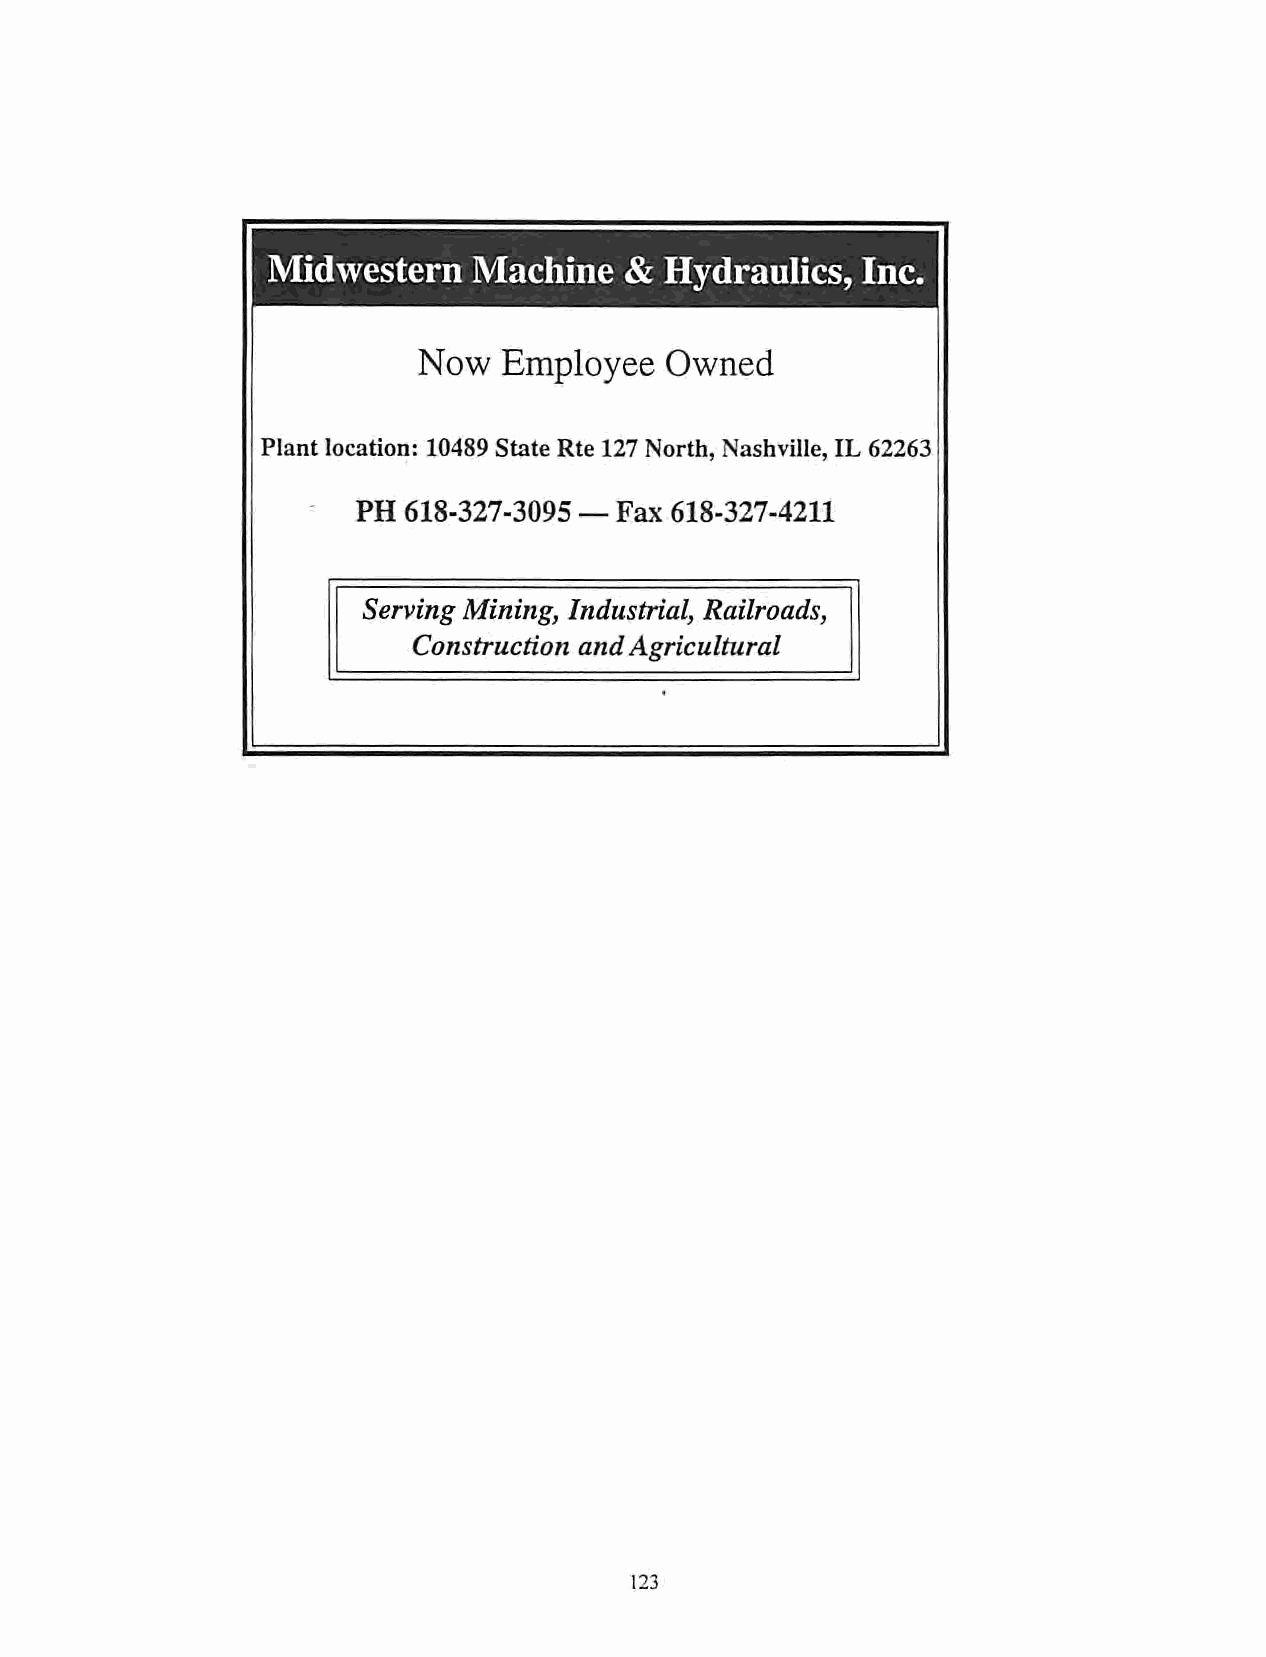
Midwestern   Machine   &  Hydraulics,  Inc.
 Now  Employee   Owned
 Plant location: 10489 State Rte 127 North, Nashville, IL 62263
 PH 618-327-3095 — Fax 618-327-4211
 Serving Mining, Industrial, Railroads,
 Construction andAgricultural
 123